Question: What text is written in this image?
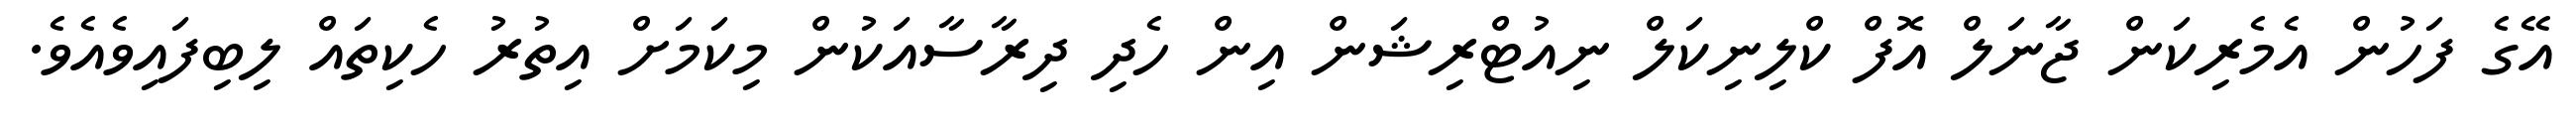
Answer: އޭގެ ފަހުން އެމެރިކަން ޖާނަލް އޮފް ކްލިނިކަލް ނިއުޓްރިޝަން އިން ހެދި ދިރާސާއަކުން މިކަމަށް އިތުރު ހެކިތައް ލިބިފައިވެއެވެ.